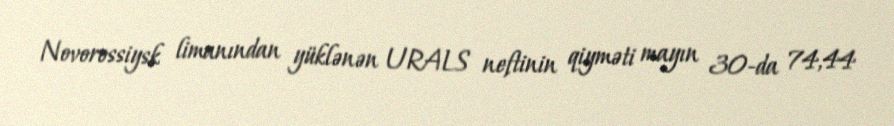
Novorossiysk limanından yüklənən URALS neftinin qiyməti mayın 30-da 74,44